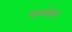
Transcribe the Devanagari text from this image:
पार्श्वप्रांत